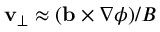
\mathbf { v } _ { \perp } \approx ( \mathbf { b } \times \nabla \phi ) / B